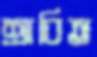
শ্রাবিত